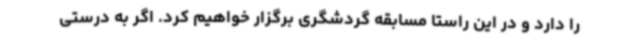
را دارد و در این راستا مسابقه گردشگری برگزار خواهیم کرد. اگر به درستی